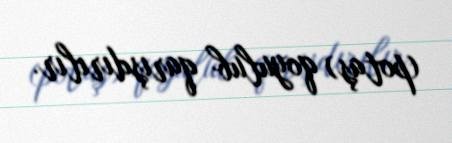
(potaş) qoyulub qarışdırılır.